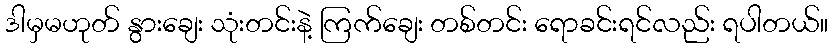
ဒါမှမဟုတ် နွားချေး သုံးတင်းနဲ့ ကြက်ချေး တစ်တင်း ရောခင်းရင်လည်း ရပါတယ်။